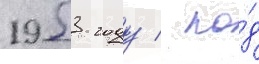
1953 году / по́д